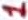
Text: 1